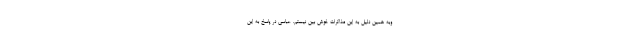
‌وبه همین دلیل به این مذاکرات خوش بین نیستم. عباسی در پاسخ به این